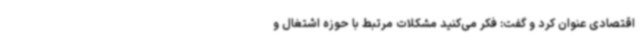
اقتصادی عنوان کرد و گفت: فکر می‌کنید مشکلات مرتبط با حوزه اشتغال و